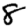
Digit: 8